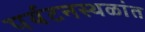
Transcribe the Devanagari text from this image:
पर्यटनस्थळांत